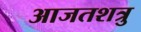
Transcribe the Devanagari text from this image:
आजतशत्रु